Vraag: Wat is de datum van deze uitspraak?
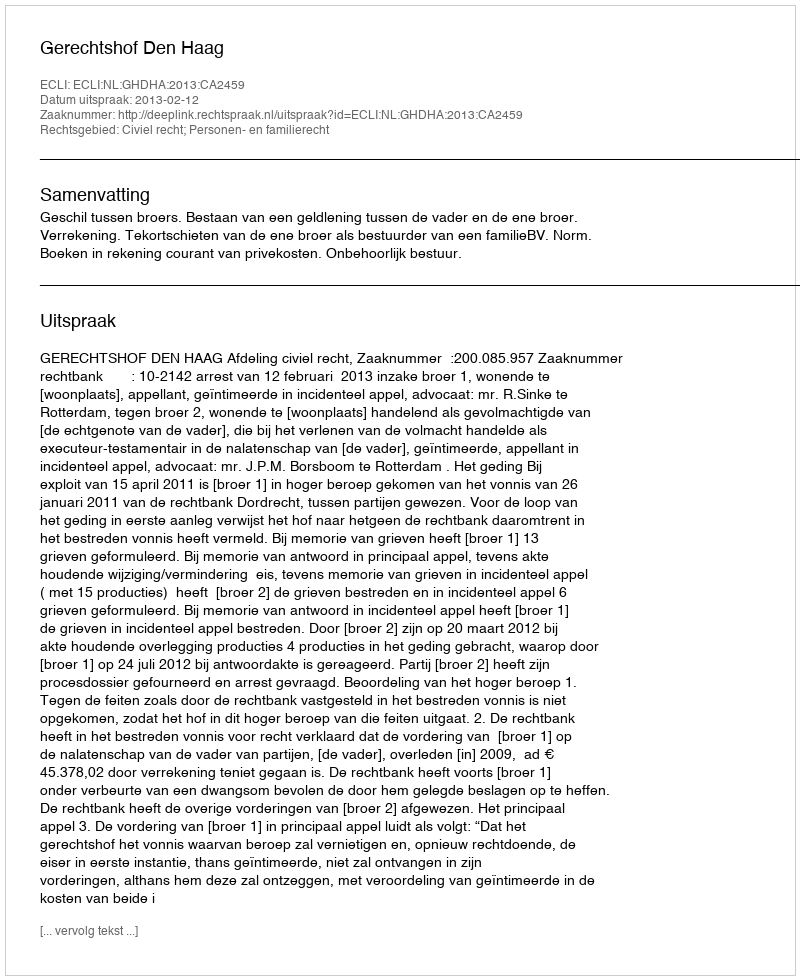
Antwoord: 2013-02-12